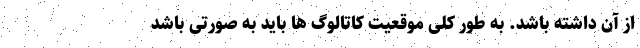
از آن داشته باشد. به طور کلی موقعیت کاتالوگ ها باید به صورتی باشد